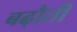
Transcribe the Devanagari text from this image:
बढ़ौती